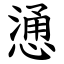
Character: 慂